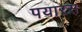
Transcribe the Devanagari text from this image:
पयारस